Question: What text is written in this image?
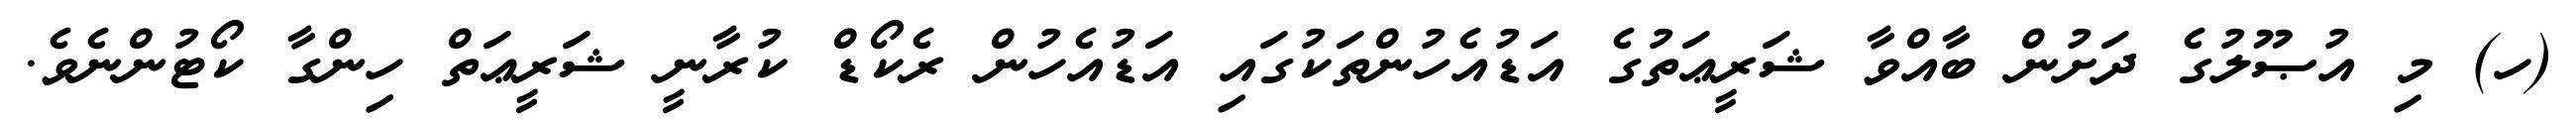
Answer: (ހ) މި އުޞޫލުގެ ދަށުން ބާއްވާ ޝަރީޢަތުގެ އަޑުއެހުންތަކުގައި އަޑުއެހުން ރެކޯޑް ކުރާނީ ޝަރީޢަތް ހިންގާ ކޯޓުންނެވެ.